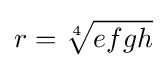
r={\sqrt[{4}]{efgh}}